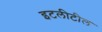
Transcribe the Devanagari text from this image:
इटलीटील